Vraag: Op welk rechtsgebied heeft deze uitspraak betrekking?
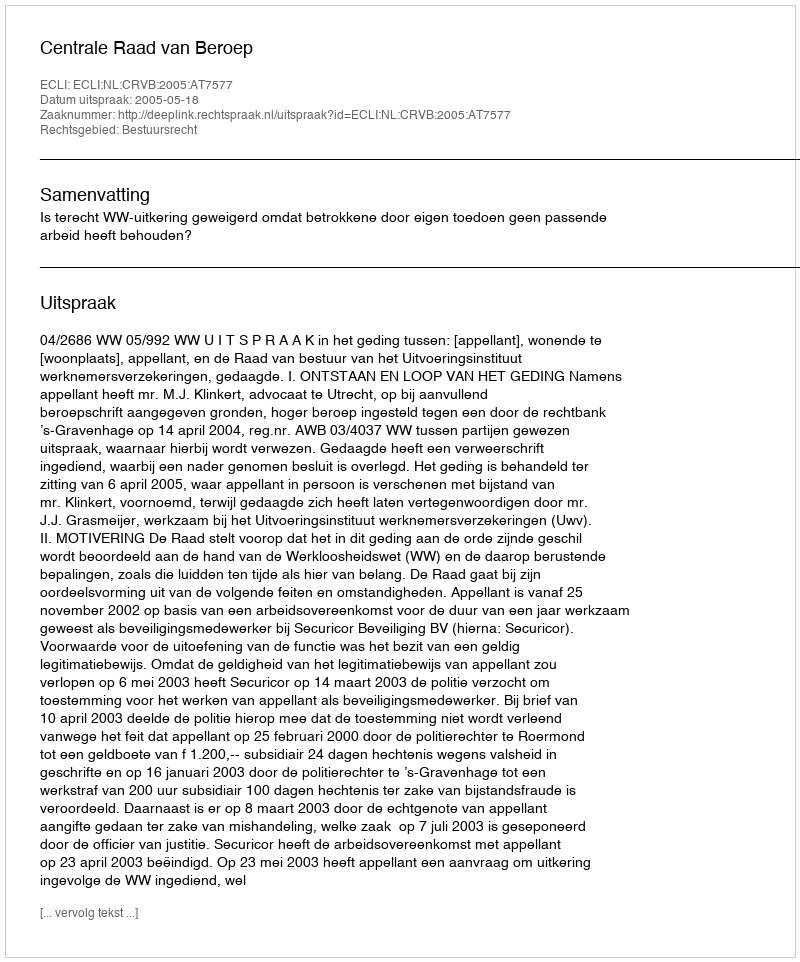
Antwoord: Bestuursrecht